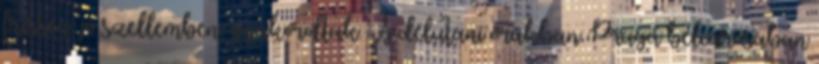
frissen, jó szellemben, gyakoroltak. A délutáni órákban Prága belvárosában